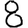
Digit: 8